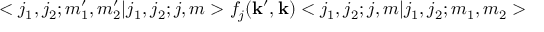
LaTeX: < j _ { 1 } , j _ { 2 } ; m _ { 1 } ^ { \prime } , m _ { 2 } ^ { \prime } | j _ { 1 } , j _ { 2 } ; j , m > f _ { j } ( { \bf k } ^ { \prime } , { \bf k } ) < j _ { 1 } , j _ { 2 } ; j , m | j _ { 1 } , j _ { 2 } ; m _ { 1 } , m _ { 2 } >